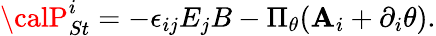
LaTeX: {\calP}_{St}^{i}=-\epsilon_{ij}E_{j}B-\Pi_{\theta}(\mathbf{A}_{i}+\partial_{i}\theta).